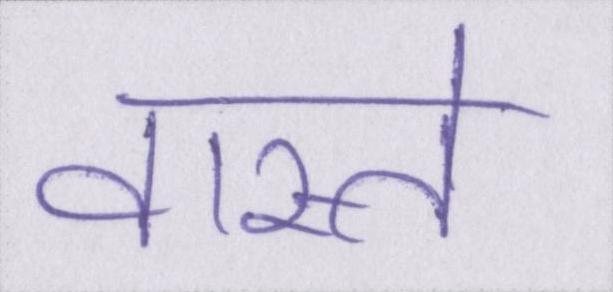
वास्ते